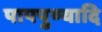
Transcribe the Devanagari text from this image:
पापपुण्यादि